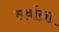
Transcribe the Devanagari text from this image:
सर्वाला